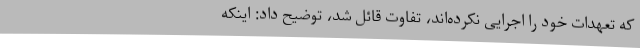
که تعهدات خود را اجرایی نکرده‌اند، تفاوت قائل شد، توضیح داد: اینکه